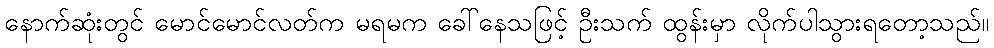
နောက်ဆုံးတွင် မောင်မောင်လတ်က မရမက ခေါ်နေသဖြင့် ဦးသက် ထွန်းမှာ လိုက်ပါသွားရတော့သည်။